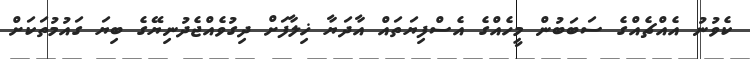
ކެވުނު އެއްޗެއްގެ ސަބަބުން މީހެއްގެ އެސްފިޔަތައް އާދަޔާ ޚިލާފަށް ދިގުވެއްޖެދުނިޔޭގެ ބިޔަ ގައުމުތަކަށް